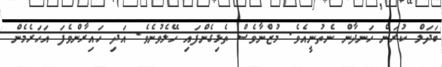
ބަދަލް ކުރަން ހަނދާން ނެތުނީއެވެ. މުޒްނާވެސް ތެޅިގެންފައި ހޭލެވުނެވެ. އަދި ހައިރާންވެފަ އަހަރެމެން